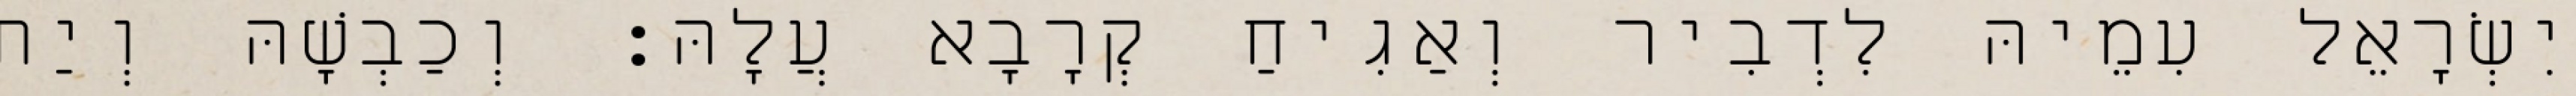
יִשְׂרָאֵל עִמֵיהּ לִדְבִיר וְאַגִיחַ קְרָבָא עֲלָהּ׃ וְכַבְשָׁהּ וְיַת